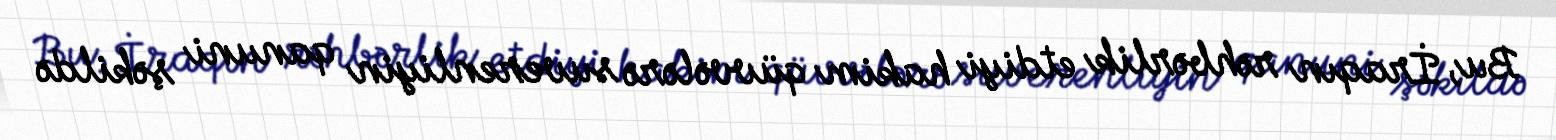
Bu, İraqın rəhbərlik etdiyi hakim qüvvələrə suverenliyin qanuni şəkildə